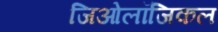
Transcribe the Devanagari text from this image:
जिओलॉजिकल